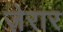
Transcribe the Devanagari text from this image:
ज़ेरार